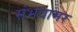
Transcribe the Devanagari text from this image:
संभवामर